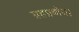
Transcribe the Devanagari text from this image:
ग्रहप्रबोध।